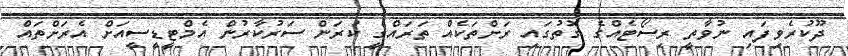
ދޫކުރެވިފައި ނުވާތީ ރިސޯޓެއްގެ ގޮތުގައި ރަށްތަކެއް ތަރައްގީ ކުރަން ސަރުކާރުން އެމްޓީޑީސީއަށް އެރަށްތައް